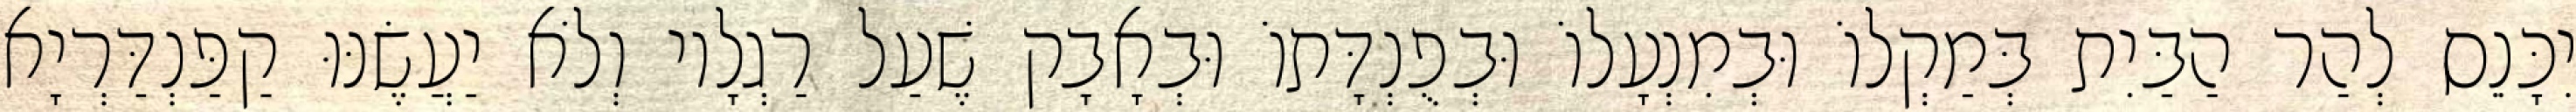
יִכָּנֵס לְהַר הַבַּיִת בְּמַקְלוֹ וּבְמִנְעָלוֹ וּבְפֻנְדָּתוֹ וּבְאָבָק שֶׁעַל רַגְלָיו וְלֹא יַעֲשֶׂנּוּ קַפַּנְדַּרְיָא